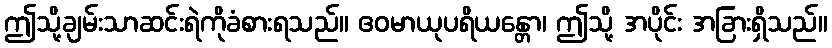
ဤသို့ချမ်းသာဆင်းရဲကိုခံစားရသည်။ ဧဝမာယုပရိယန္တော၊ ဤသို့ အပိုင်း အခြားရှိသည်။